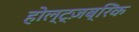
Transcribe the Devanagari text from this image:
होल्ट्ज़ब्रिंक